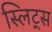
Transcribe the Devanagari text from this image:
स्लिट्स